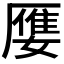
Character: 𮰒